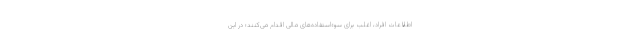
اطلاعات افراد، اغلب برای سوءاستفاده‌های مالی اقدام می‌کنند؛ در این